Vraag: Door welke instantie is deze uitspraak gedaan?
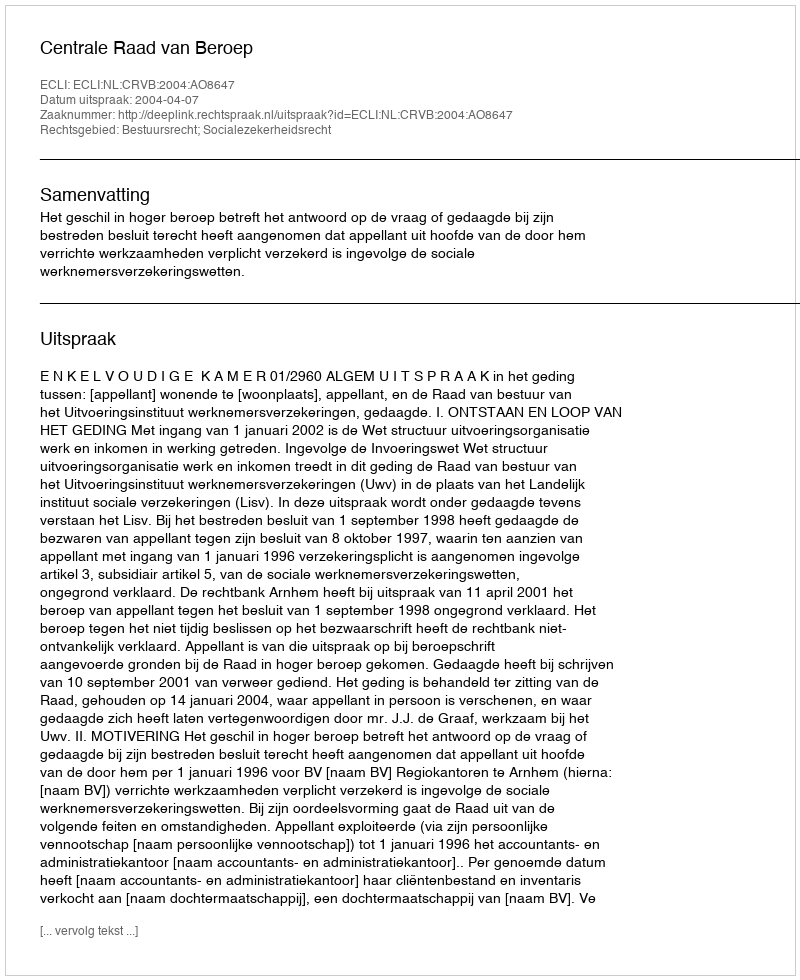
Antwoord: Centrale Raad van Beroep